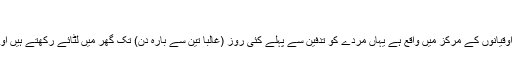
کربتی رسومات
کربت کا جزیرہ جو بحراوقیانوں کے مرکز میں واقع ہے یہاں مردے کو تدفین سے پہلے کئی روز (غالبا تین سے بارہ دن) تک گھر میں لٹائے رکھتے ہیں اور پھر دفن کر دیتے ہیں۔